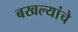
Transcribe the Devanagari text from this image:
बखल्यांचे